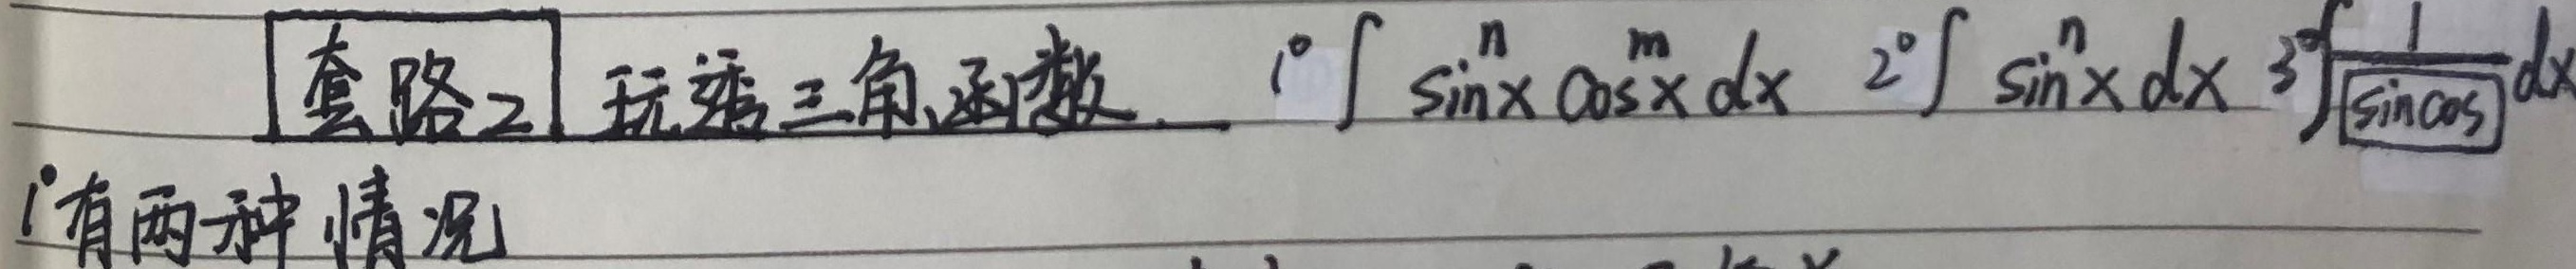
套路2 玩透三角函数。\(1^{\circ}\int \sin^{n}x\cos^{m}x \mathrm{d}x\) \(2^{\circ}\int \sin^{n}x \mathrm{d}x\) \(3^{\circ}\int\frac{1}{\boxed{\sin\cos}} \mathrm{d}x\)

\(1^{\circ}\)有两种情况